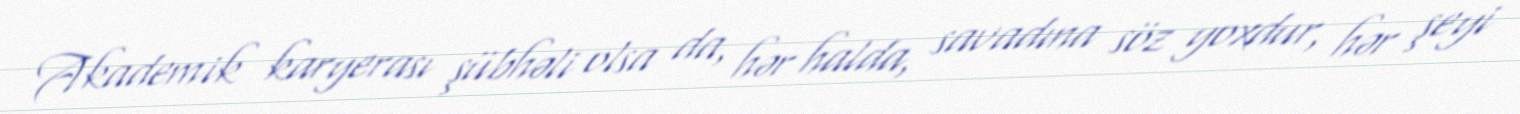
Akademik karyerası şübhəli olsa da, hər halda, savadına söz yoxdur, hər şeyi